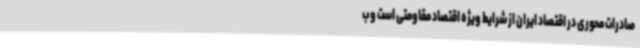
صادرات محوری در اقتصاد ایران از شرایط ویژه اقتصاد مقاومتی است و ب